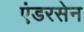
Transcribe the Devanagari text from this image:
एंडरसेन